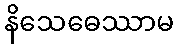
နိသေဓေဿာမ